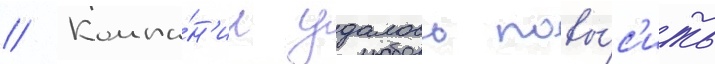
// Компа́н'ии удалось повы́с'ить